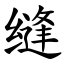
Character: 缝